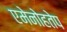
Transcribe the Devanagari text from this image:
एमेनोहतेप